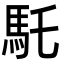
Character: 馲